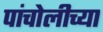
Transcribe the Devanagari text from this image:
पांचोलीच्या